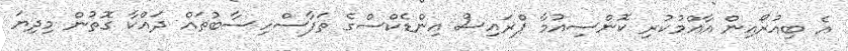
އެ ބިއުރޯއިން އާއްމުކުރި ކޮންސިއުމާ ޕްރައިސް އިންޑެކްސްގެ ތަފާސްހިސާބުތައް ދައްކާ ގޮތުން މިދިޔަ